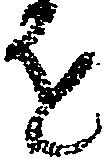
を